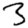
Digit: 3